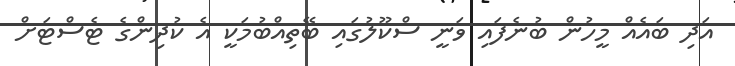
އަދި ބައެއް މީހުން ބުނެފައި ވަނީ ސްކޫލުގައި ބޭތިއްބުމަކީ އެ ކުދިންގެ ޓެސްޓަށް